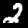
Digit: 2